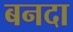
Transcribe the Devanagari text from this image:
बनदा